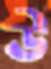
উ